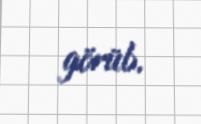
görüb.